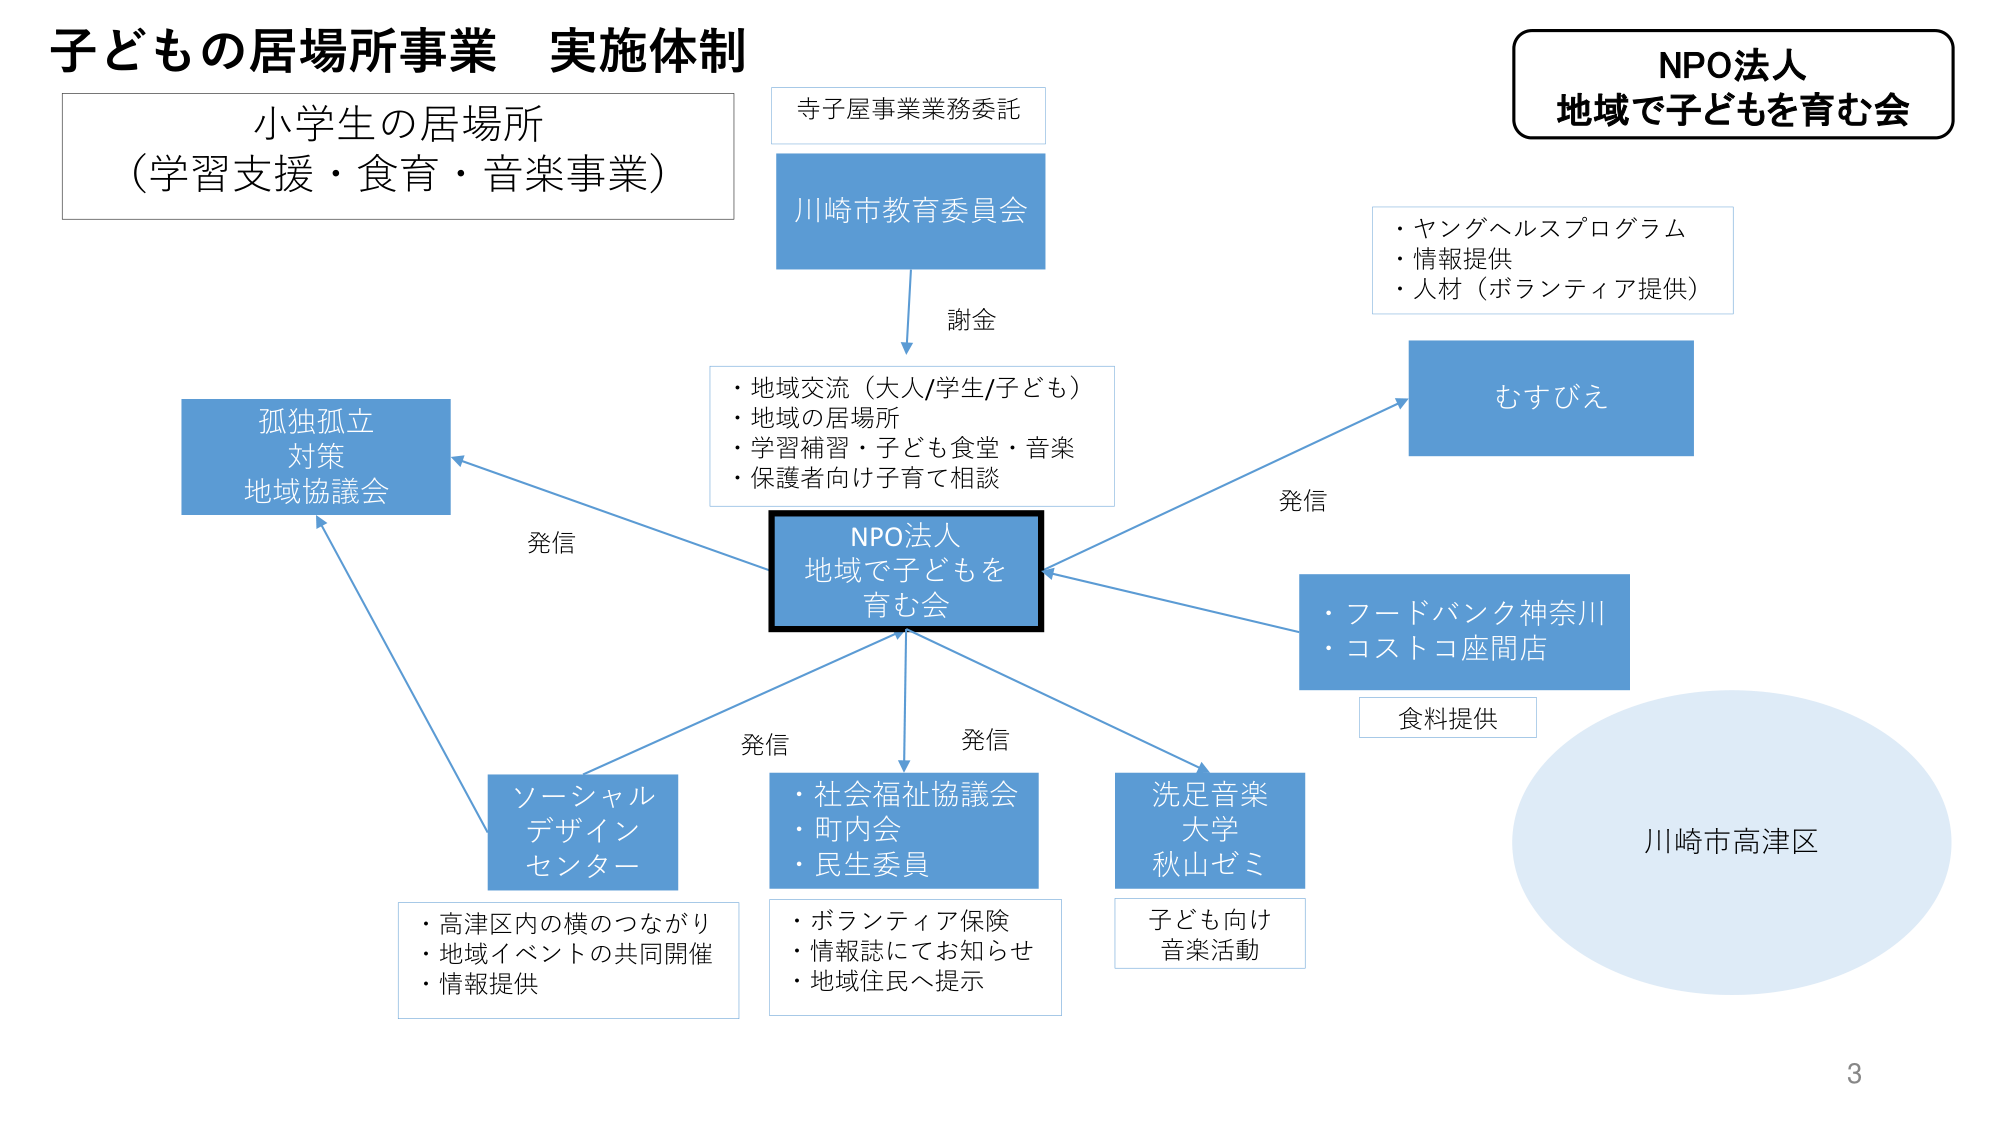
子ども の 居場所 事業 実施体制

小学生 の 居場所
（学習支援・食育・音楽事業）

寺子屋 事業 業務 委託

川崎市 教育委員会

謝金

・地域交流（大人/学生/子ども）
・地域の居場所
・学習補習・子ども食堂・音楽
・保護者向け子育て相談

NPO法人
地域で子どもを育む会

発信

むすびえ

・ヤングヘルスプログラム
・情報提供
・人材（ボランティア提供）

・フードバンク神奈川
・コストコ座間店

食料提供

川崎市高津区

発信

孤独孤立
対策
地域協議会

発信

ソーシャル
デザイン
センター

・高津区内の横のつながり
・地域イベントの共同開催
・情報提供

発信

・社会福祉協議会
・町内会
・民生委員

・ボランティア保険
・情報誌にてお知らせ
・地域住民へ提示

発信

洗足音楽
大学
秋山ゼミ

子ども向け
音楽活動

3